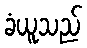
ခံယူသည်